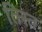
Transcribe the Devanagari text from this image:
तिस्‍त